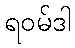
ရဝမ်ဒါ